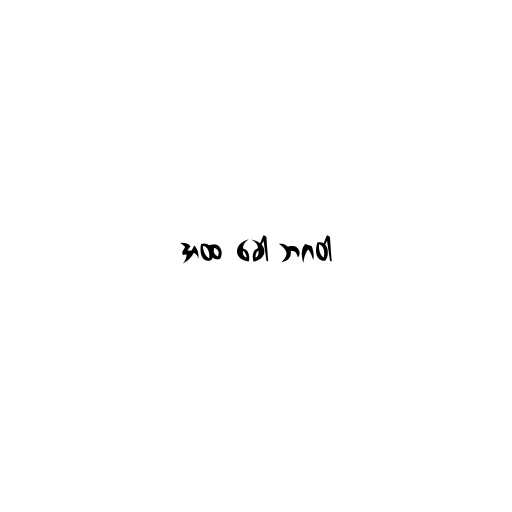
အထ ခေါ ဘဂဝါ